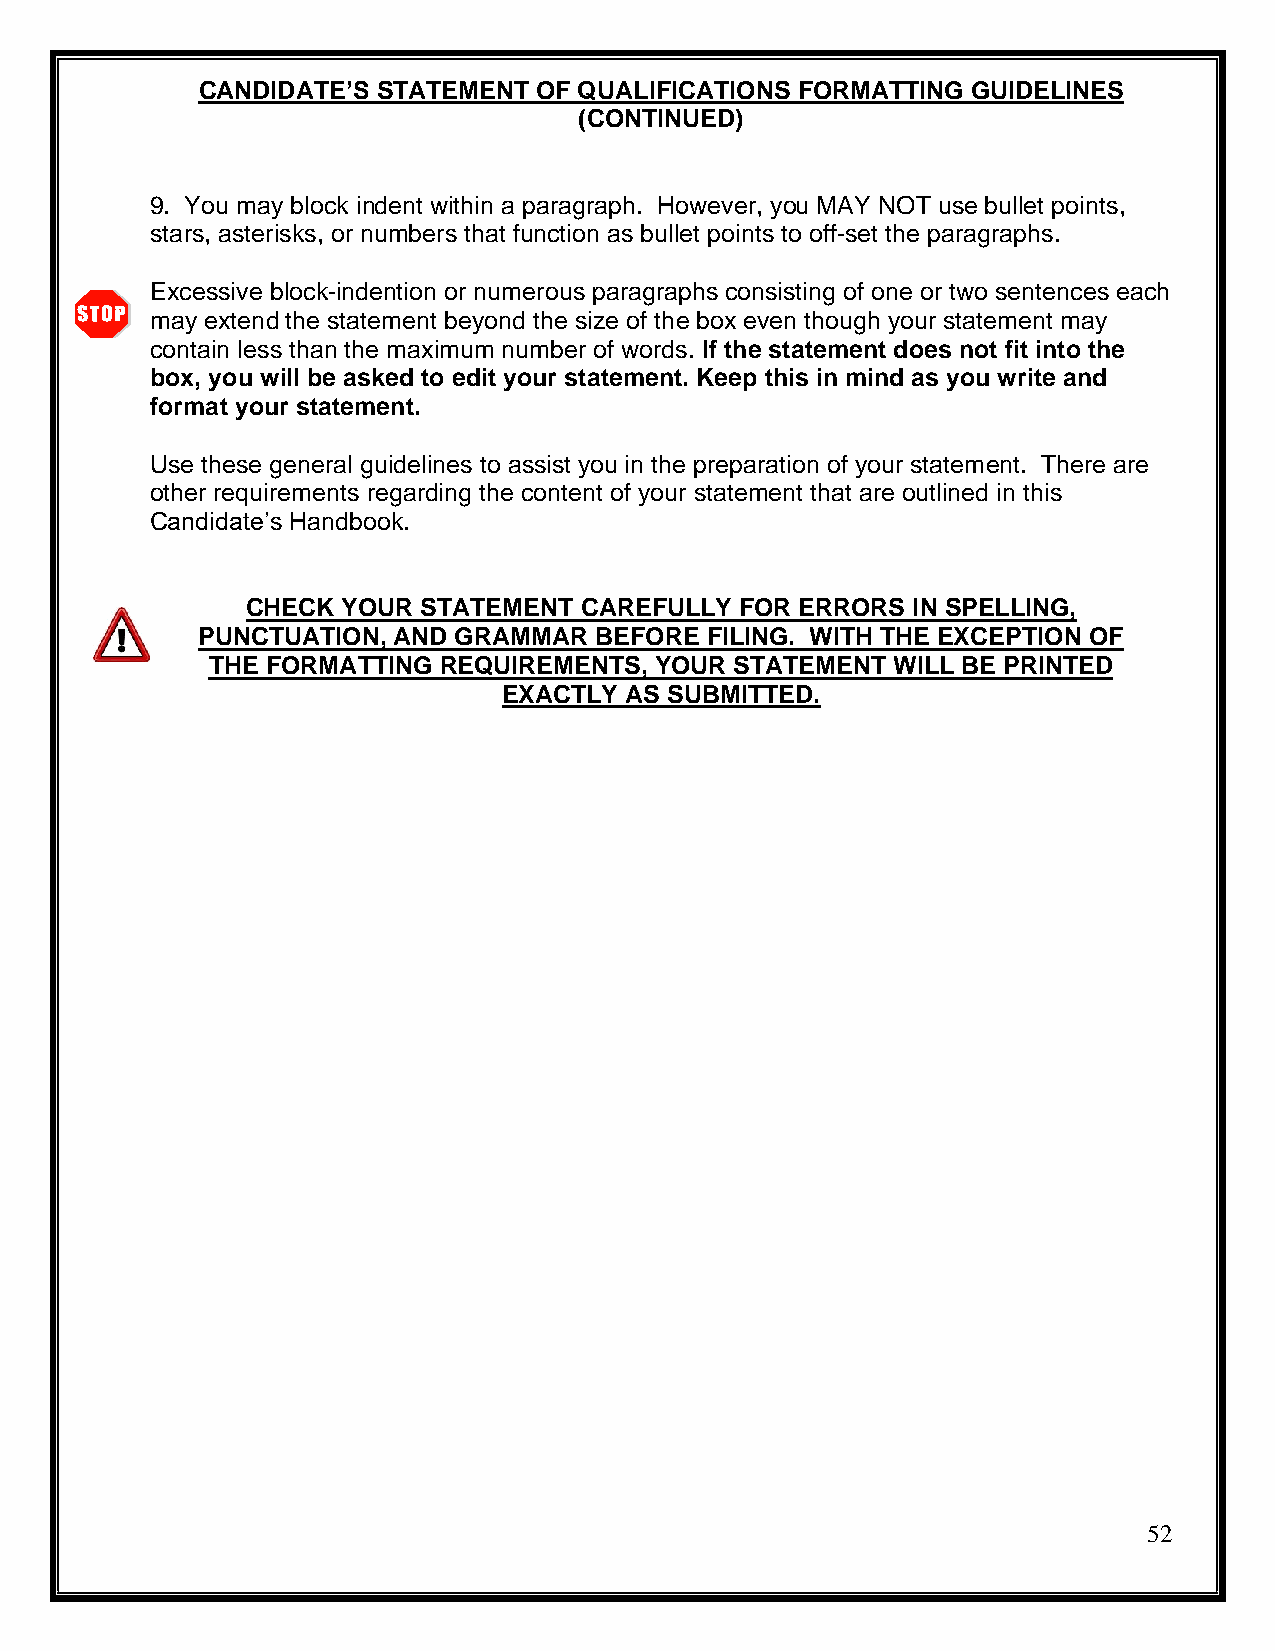
CANDIDATE’S STATEMENT  OF QUALIFICATIONS FORMATTING GUIDELINES
 (CONTINUED)
 9. You may block indent within a paragraph. However, you MAY NOT use bullet points,
 stars, asterisks, or numbers that function as bullet points to off-set the paragraphs.
 Excessive block-indention or numerous paragraphs consisting of one or two sentences each
 may extend the statement beyond the size of the box even though your statement may
 contain less than the maximum number of words. If the statement does not fit into the
 box, you will be asked to edit your statement. Keep this in mind as you write and
 format your statement.
 Use these general guidelines to assist you in the preparation of your statement. There are
 other requirements regarding the content of your statement that are outlined in this
 Candidate’s Handbook.
 CHECK  YOUR STATEMENT CAREFULLY  FOR ERRORS IN SPELLING,
 PUNCTUATION, AND GRAMMAR  BEFORE  FILING. WITH THE EXCEPTION OF
 THE FORMATTING REQUIREMENTS, YOUR  STATEMENT WILL BE PRINTED
 EXACTLY AS SUBMITTED.
 52